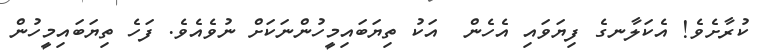
ކުރާށެވެ! އެކަލާނގެ ފިޔަވައި އެހެން  އަކު ތިޔަބައިމީހުންނަކަށް ނުވެއެވެ. ފަހެ ތިޔަބައިމީހުން